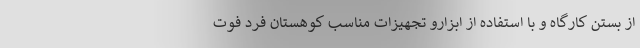
از بستن کارگاه و با استفاده از ابزارو تجهیزات مناسب کوهستان فرد فوت